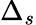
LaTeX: \Delta_{s}